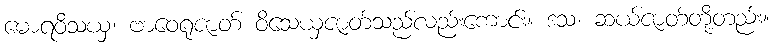
မောရဝိသယှ၊ ဗာဝေရုဇာတ် ဝိသေယှဇာတ်သည်လည်းကောင်း။ ဒသ၊ ဆယ်ဇာတ်တို့တည်း။